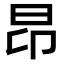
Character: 昂